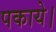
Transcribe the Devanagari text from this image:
पकाये।